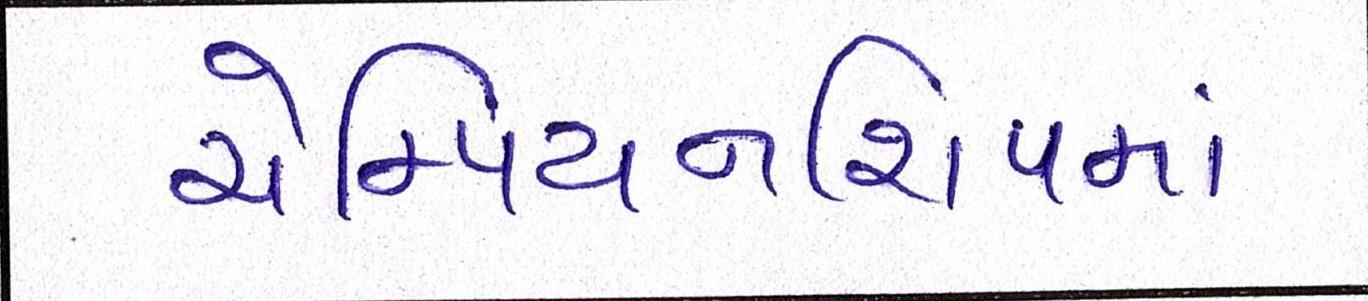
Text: ચેમ્પિયનશિપમાં